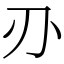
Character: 刅